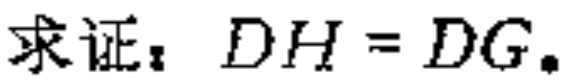
求证：\(DH = DG\)。